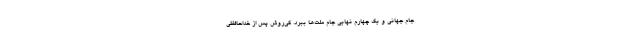
جام جهانی و یک چهارم نهایی جام ملت‌ها ببرد. کی‌روش پس از خداحافظی